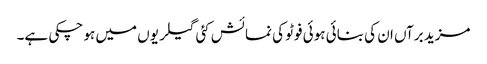
مزید برآں ان کی بنائی ہوئی فوٹو کی نمائش کئی گیلریوں میں ہو چکی ہے۔